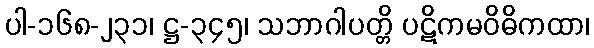
ပါ-၁၆၈-၂၃၁၊ ဋ္ဌ-၃၄၅၊ သဘာဂါပတ္တိ ပဋိကမဝိဓိကထာ၊